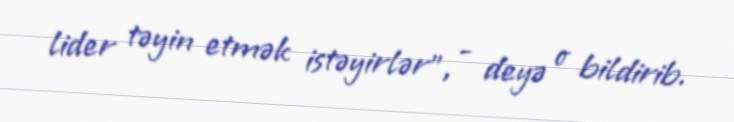
lider təyin etmək istəyirlər", - deyə o bildirib.